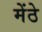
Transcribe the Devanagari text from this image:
मेंठे